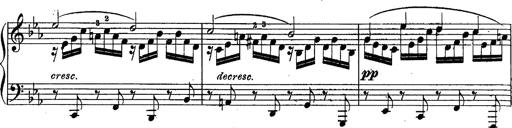
Title: Schubert's Impromptus [revised and edited by Franz Liszt]
Composer: Franz Liszt